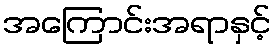
အကြောင်းအရာနှင့်